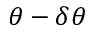
\theta - \delta \theta